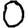
Digit: 0